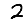
Digit: 2